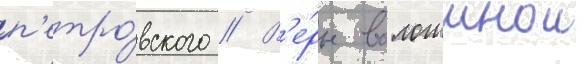
п'етро́вского // В'е́ры волошинои